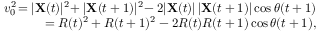
\begin{array} { r } { v _ { 0 } ^ { 2 } \! = | \mathbf { X } ( t ) | ^ { 2 } \! + | \mathbf { X } ( t + 1 ) | ^ { 2 } \! - 2 | \mathbf { X } ( t ) | \, | \mathbf { X } ( t + 1 ) | \cos \theta ( t + 1 ) } \\ { = R ( t ) ^ { 2 } + R ( t + 1 ) ^ { 2 } - 2 R ( t ) R ( t + 1 ) \cos \theta ( t + 1 ) , } \end{array}